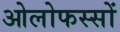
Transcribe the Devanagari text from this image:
ओलोफस्सों